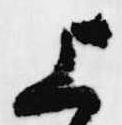
上